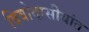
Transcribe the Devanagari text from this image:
दिवोदासीयांत